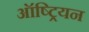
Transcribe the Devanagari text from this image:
ऑष्ट्रियन